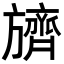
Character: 𬀛